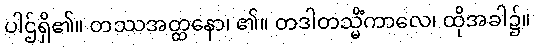
ပါဌ်ရှိ၏။ တဿအတ္ထနော၊ ၏။ တဒါတသ္မိံကာလေ၊ ထိုအခါ၌။